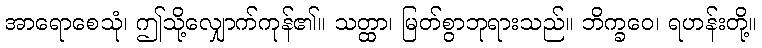
အာရောစေသုံ၊ ဤသို့လျှောက်ကုန်၏။ သတ္ထာ၊ မြတ်စွာဘုရားသည်။ ဘိက္ခဝေ၊ ရဟန်းတို့။